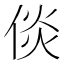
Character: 倓